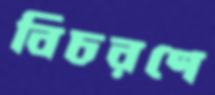
বিচরণে